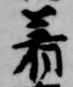
着